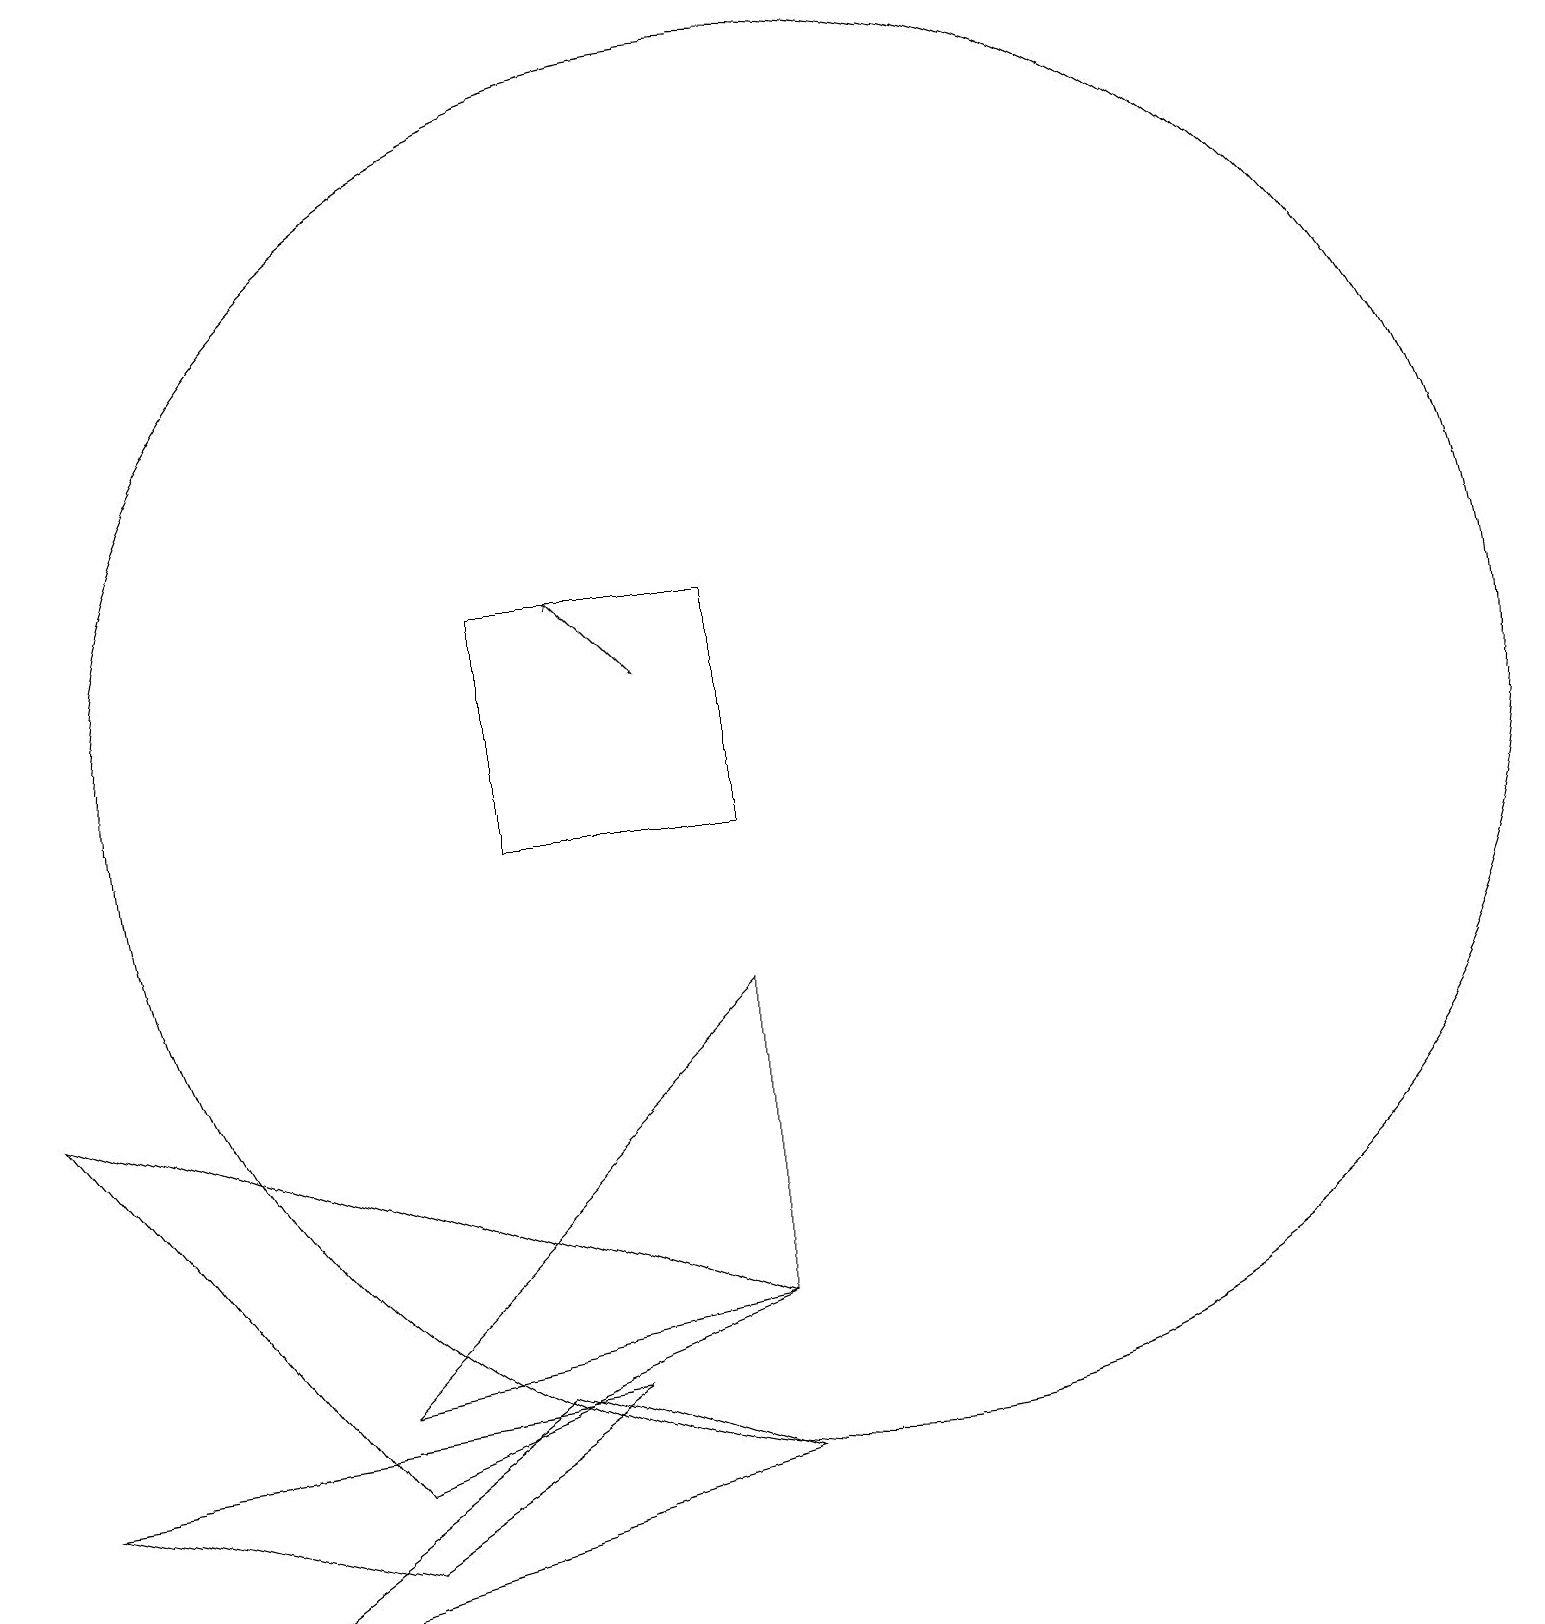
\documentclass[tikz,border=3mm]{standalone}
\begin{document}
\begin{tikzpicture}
\draw (6,3) -- (2,0) -- (9,2) -- cycle;
\draw (10,11) circle (9);
\draw (9,8) -- (9,4) -- (4,3) -- cycle;
\draw (4,1) -- (7,3) -- (0,2) -- cycle;
\draw (6,13) rectangle (9,10);
\draw[->] (8,12) -- (7,13);
\draw (9,4) -- (0,7) -- (4,2) -- cycle;
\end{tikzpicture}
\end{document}